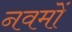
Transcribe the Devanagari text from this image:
नवमों